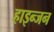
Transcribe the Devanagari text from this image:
हाइन्जन